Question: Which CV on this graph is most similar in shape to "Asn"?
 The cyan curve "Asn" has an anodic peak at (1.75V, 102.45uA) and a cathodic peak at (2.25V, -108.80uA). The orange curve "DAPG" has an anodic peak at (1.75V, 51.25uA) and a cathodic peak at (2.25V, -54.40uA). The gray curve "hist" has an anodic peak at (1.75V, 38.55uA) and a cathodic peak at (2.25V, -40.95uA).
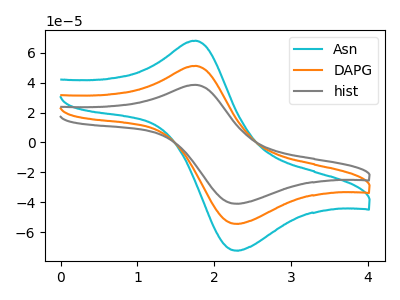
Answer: <think>All the peaks in "Asn" have a peak in "DAPG" at the same potential. Every peak in "Asn" is higher than every peak in "DAPG". All the peaks in "Asn" have a peak in "hist" at the same potential. Every peak in "Asn" is higher than every peak in "hist". All the peaks in "DAPG" have a peak in "hist" at the same potential. Every peak in "DAPG" is higher than every peak in "hist".
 </think>
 <answer>"Asn" and "DAPG" have a similar shape to "hist".</answer>
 <eval>"Asn" "DAPG"</eval>